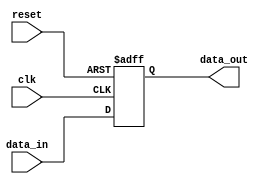
module async_reset_behavioral (
    input wire clk,          // Clock signal
    input wire reset,        // Asynchronous reset signal
    input wire [7:0] data_in, // Data input (8-bit in this example)
    output reg [7:0] data_out // Data output (8-bit in this example)
);

// Behavioral logic with asynchronous reset
always @(posedge clk or posedge reset) begin
    if (reset) begin
        // When reset is asserted, clear the output
        data_out <= 8'b0; // Reset state (you can define another default state if needed)
    end else begin
        // Update the output data on clock's rising edge
        data_out <= data_in; // Capture the input data into output
    end
end

endmodule